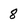
Character: 8